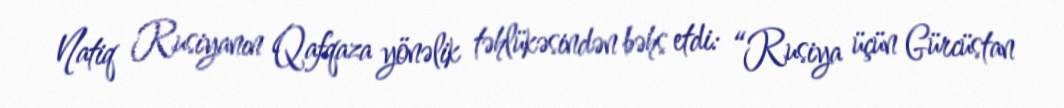
Natiq Rusiyanın Qafqaza yönəlik təhlükəsindən bəhs etdi: “Rusiya üçün Gürcüstan